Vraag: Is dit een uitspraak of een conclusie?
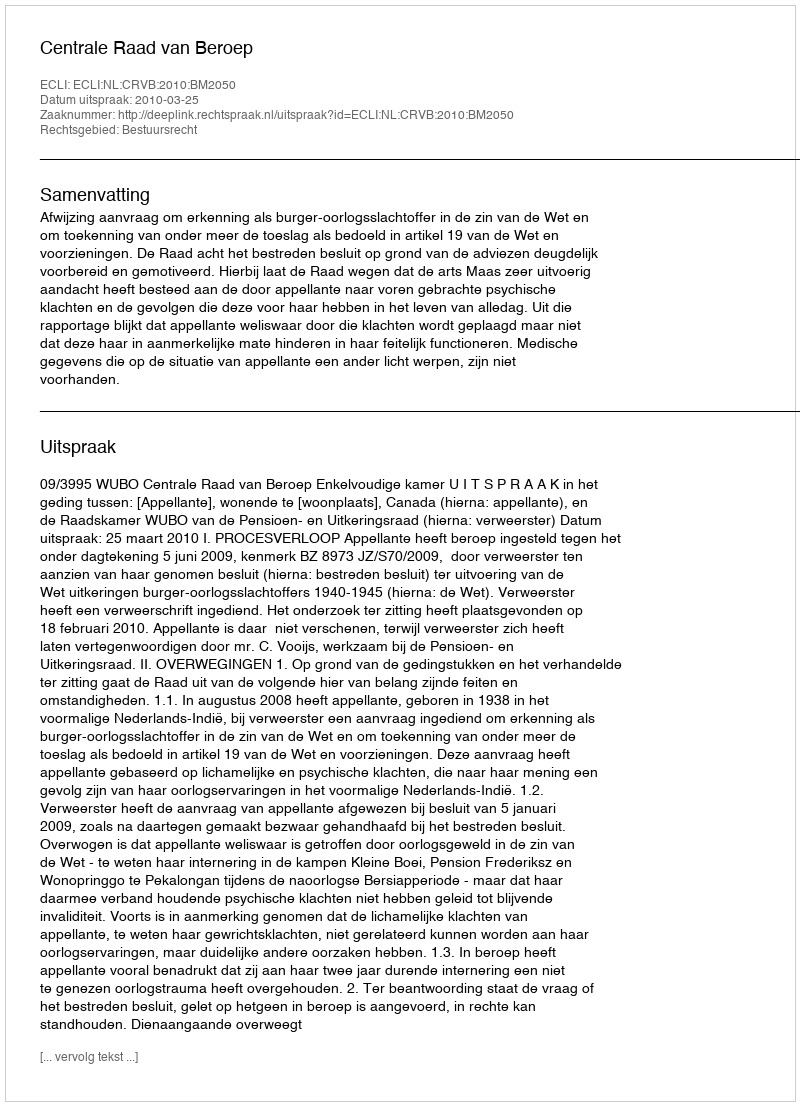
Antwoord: Uitspraak